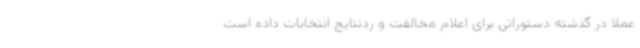
عملا در گذشته دستوراتی برای اعلام مخالفت و ردنتایج انتخابات داده است